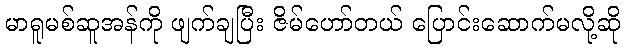
မာရူမစ်ဆူအန်ကို ဖျက်ချပြီး ဇိမ်ဟော်တယ် ပြောင်းဆောက်မလို့ဆို